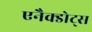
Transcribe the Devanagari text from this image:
एनैक्डोट्स